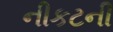
નીકટની